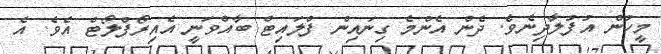
މީހުން އުފުލާދިނެވެ. ދެން އެންމެ ގިނައިން ފްލައިޓް ބާއްވަނީ އެއިރޯފްލޯޓް އެވެ. އެ